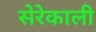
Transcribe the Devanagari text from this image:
सेरेकाली